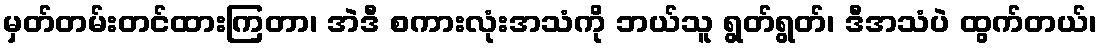
မှတ်တမ်းတင်ထားကြတာ၊ အဲဒီ စကားလုံးအသံကို ဘယ်သူ ရွတ်ရွတ်၊ ဒီအသံပဲ ထွက်တယ်၊